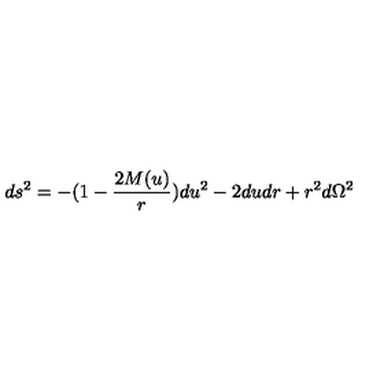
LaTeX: d s ^ { 2 } = - ( 1 - \frac { 2 M ( u ) } r ) d u ^ { 2 } - 2 d u d r + r ^ { 2 } d \Omega ^ { 2 }